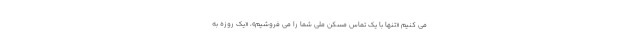
می کنیم «تنها با یک تماس مسکن ملی شما را می فروشیم»، «یک روزه به